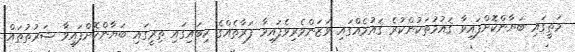
މަތީގައި ބަޔާންކޮށްފައިވާ ޤައުމުތަކުންކުރެ ޤައުމެއްގައި ވަޒަންވެރިވެފައިވާ ފަރާތެއްގެ ކިބައިގައި ތިރީގައި ބަޔާންކޮށްފައިވާ ޝަރުތުތައް